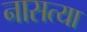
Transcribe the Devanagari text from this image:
नासत्या